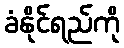
ခံနိုင်ရည်ကို